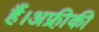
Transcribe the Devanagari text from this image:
हैं।अफ्री़की